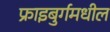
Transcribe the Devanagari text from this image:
फ्राइबुर्गमधील